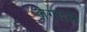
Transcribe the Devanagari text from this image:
जगदले